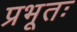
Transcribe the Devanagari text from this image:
प्रभूतः